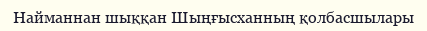
Найманнан шыққан Шыңғысханның қолбасшылары